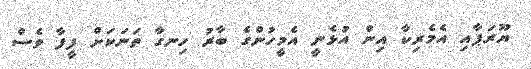
ޔޫރަޕާއި އެމެރިކާ އިން އުޅެނީ އެމީހުންގެ ބާރު ހިނގާ ތަނަކަށް ފީފާ ވެސް